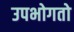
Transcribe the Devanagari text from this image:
उपभोगतो